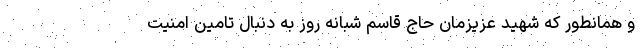
و همانطور که شهید عزیزمان حاج قاسم شبانه روز به دنبال تامین امنیت